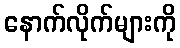
နောက်လိုက်များကို